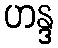
ဟန္ဒ